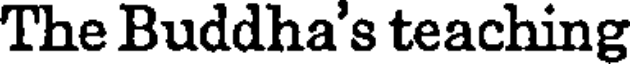
The Buddha's teaching